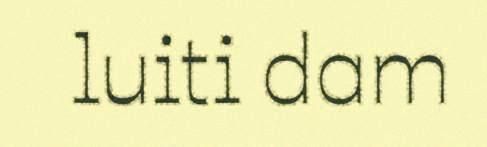
luiti dam